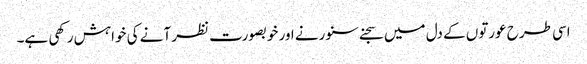
اسی طرح عورتوں کے دل میں سجنے سنورنے اور خوبصورت نظر آنے کی خواہش رکھی ہے۔